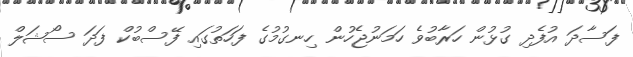
ފަސާދަ އުފެދި ގުޅުން ހަރާބުވެ ހަމަނުޖެހުން ހިނގުމުގެ ފަހަތުގައި ފޭސްބުކް ފަދަ ސޯޝަލް